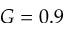
G = 0 . 9